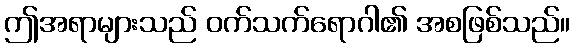
ဤအရာများသည် ဝက်သက်ရောဂါ၏ အစဖြစ်သည်။